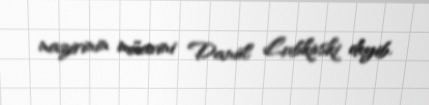
nazirinin müavini Daniil Lubkivski deyib.